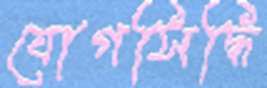
যোগসিদ্ধি